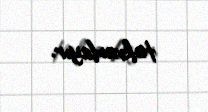
təkrarlayır.